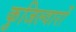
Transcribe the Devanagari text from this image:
कुजिल्वारों